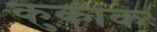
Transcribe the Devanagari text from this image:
कुकाकः